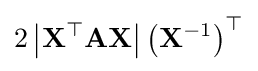
2\left|\mathbf {X^{\top }} \mathbf {A} \mathbf {X} \right|\left(\mathbf {X} ^{-1}\right)^{\top }